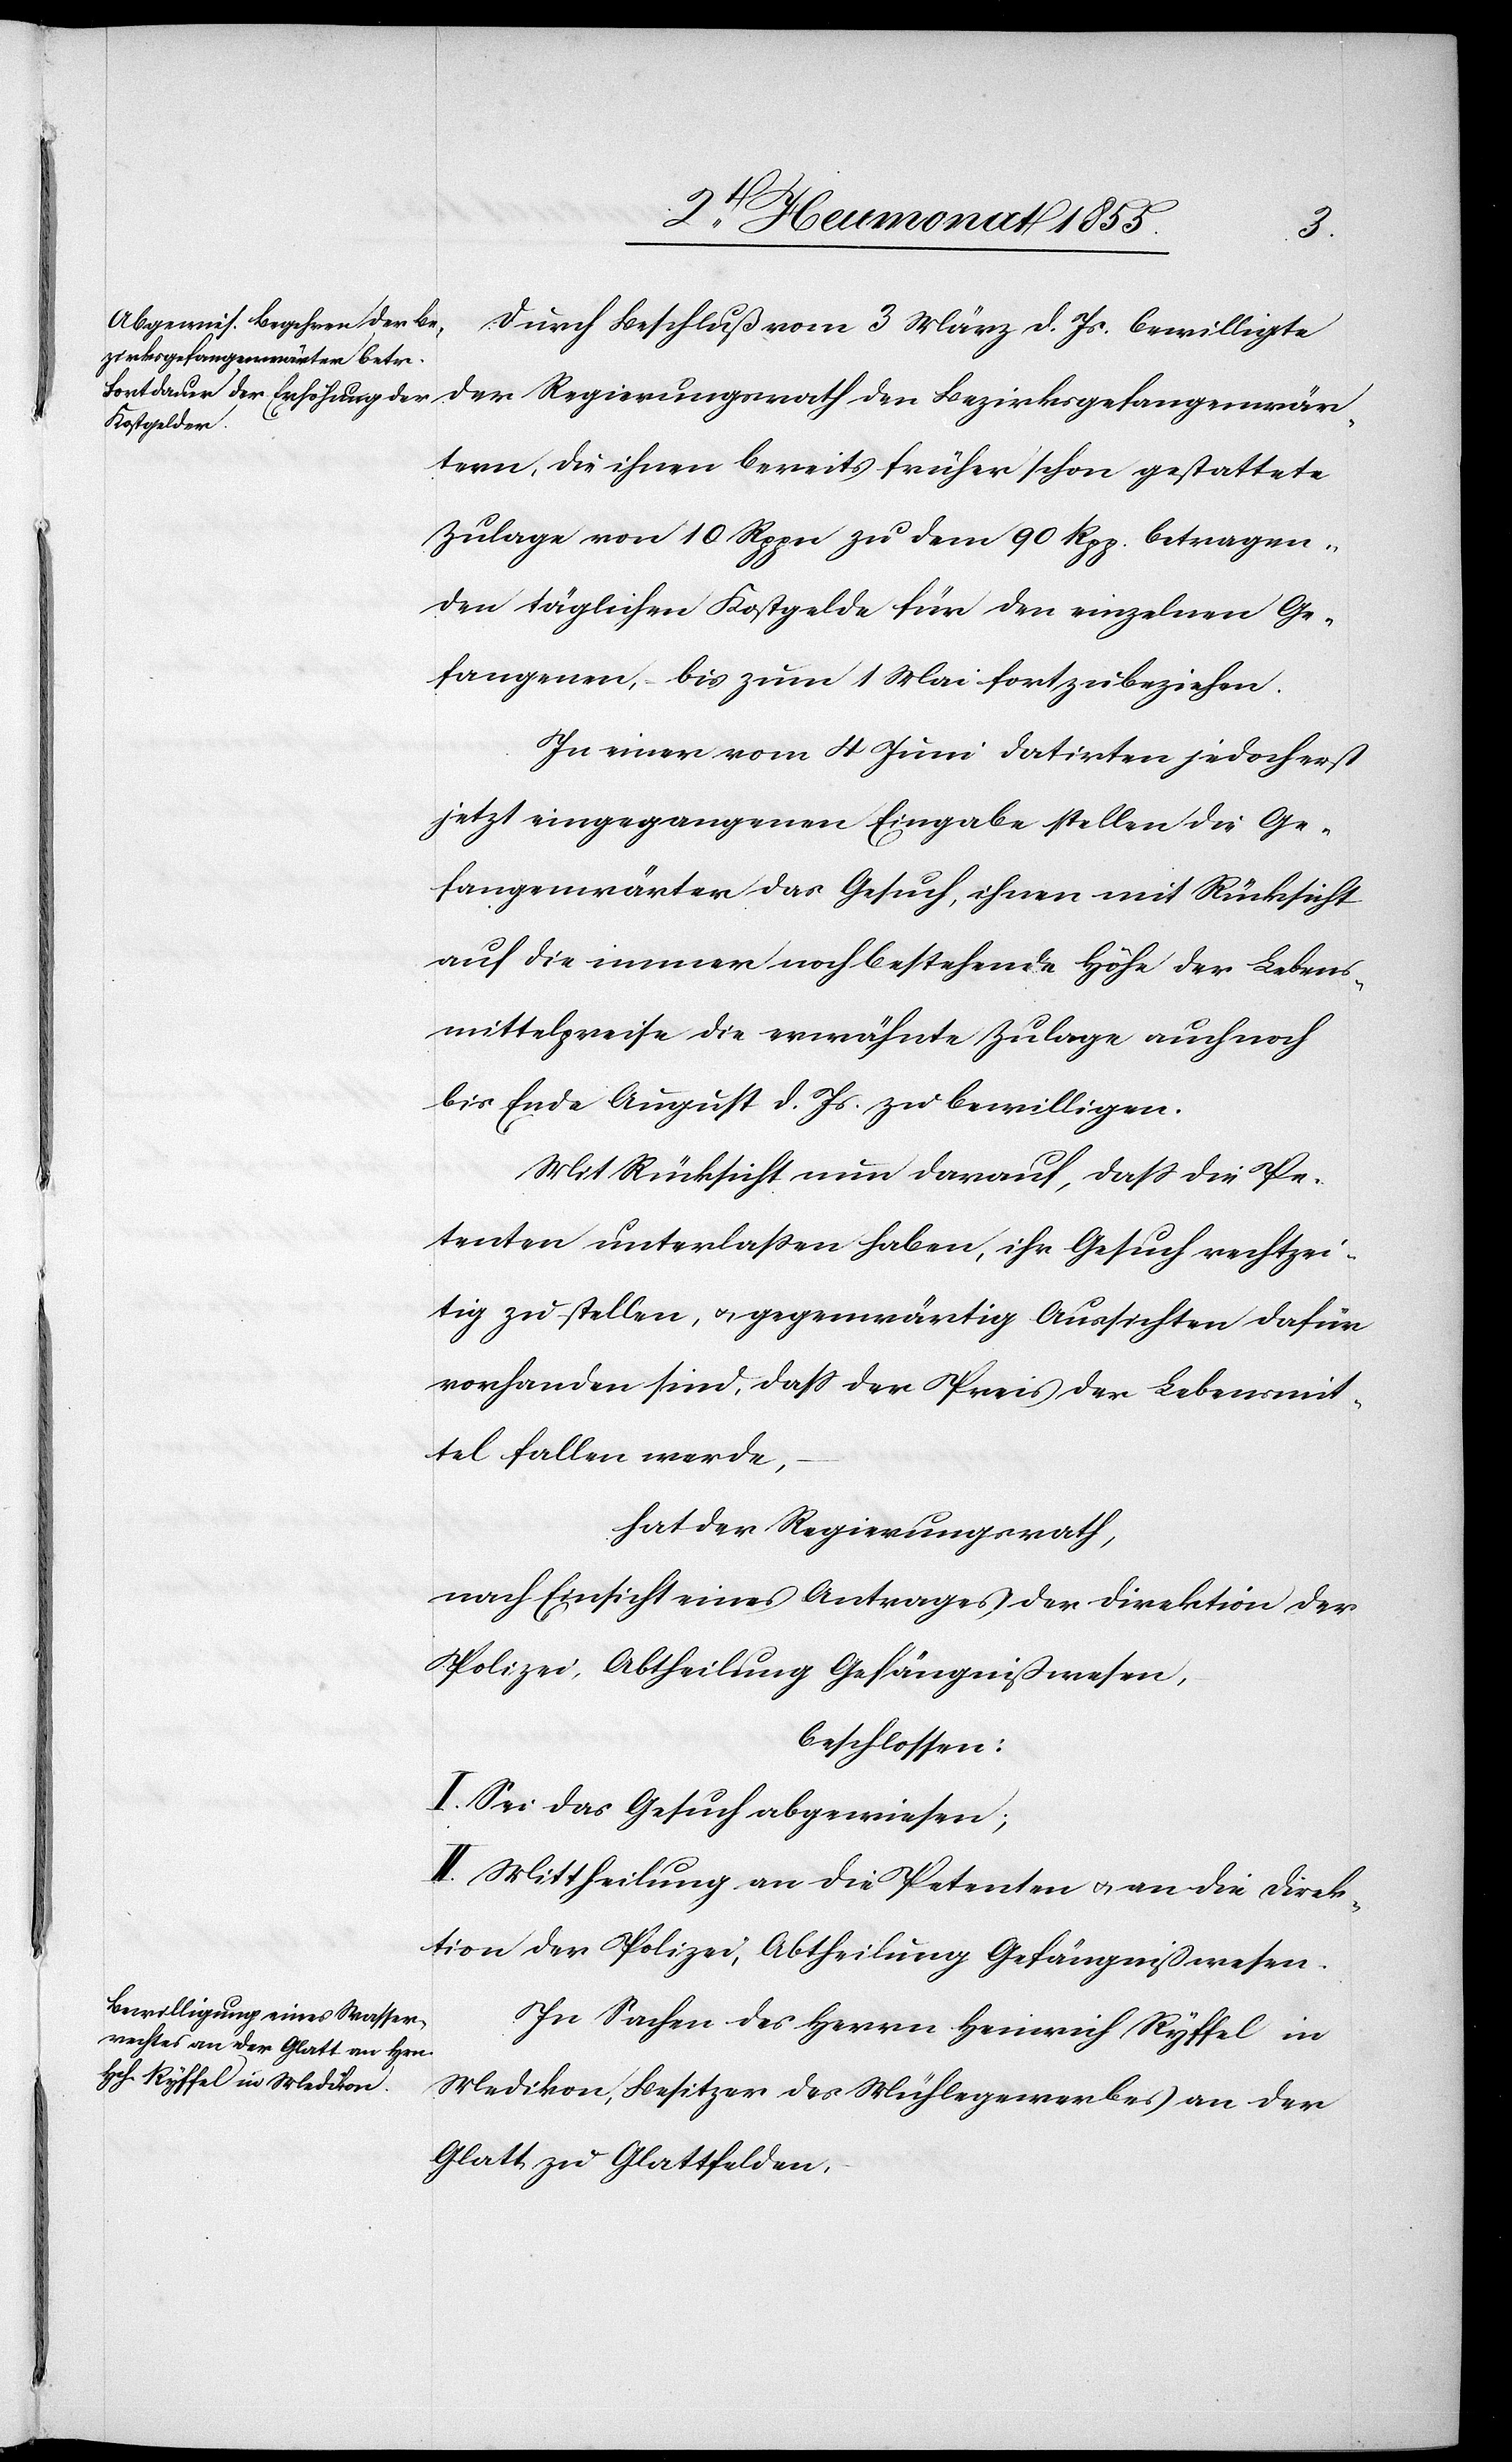
Durch Beschluß vom 3 März d. Js. bewilligte
Bezirksgefangenwärtern, die
Zulage von 10 Rppn zu dem 90 Rpp. betragen¬
den täglichen Kostgelde für den einzelnen Ge¬
fangenen, bis zum 1 Mai fortzubeziehen.
In einer vom 4 Juni datirten jedoch erst
jetzt eingegangenen Eingabe stellen die Ge¬
fangenwärter das Gesuch, ihnen mit Rücksicht
auf die immer noch bestehende Höhe der Lebens¬
mittelpreise die erwähnte Zulage auch noch
bis Ende August d. Js. zu bewilligen.
Mit Rücksicht nun darauf, dass die Pe¬
tenten unterlassen haben, ihr Gesuch rechtzei¬
tig zu stellen, & gegenwärtig Aussichten dafür
vorhanden sind, dass der Preis der Lebensmit¬
tel fallen werde,
hat der Regierungsrath,
nach Einsicht eines Antrages der Direktion der
Polizei, Abtheilung Gefängnißwesen,
beschlossen:
I. Sei das Gesuch abgewiesen;
II. Mittheilung an die Petenten & an die Direk¬
tion der Polizei, Abtheilung Gefängnißwesen.
In Sachen des Herrn Heinrich Ryffel in
Medikon, Besitzer des Mühlegewerbes an der
Glatt zu Glattfelden,